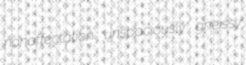
nonaffectation unspaciously gneissy